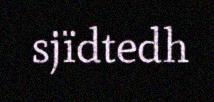
sjïdtedh